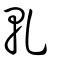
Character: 軋